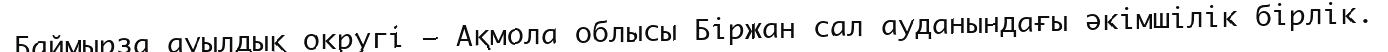
Баймырза ауылдық округі – Ақмола облысы Біржан сал ауданындағы әкімшілік бірлік.